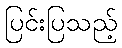
ပြင်းပြသည့်